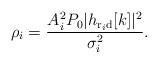
LaTeX: \begin{align*}\rho_i=\frac{A_i^2 P_0 |h_{\mathrm{r}_i\mathrm{d}}[k]|^2}{\sigma_i^2}.\end{align*}